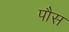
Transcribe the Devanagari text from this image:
पौस